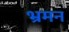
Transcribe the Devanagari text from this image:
भ्रमन